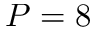
P = 8